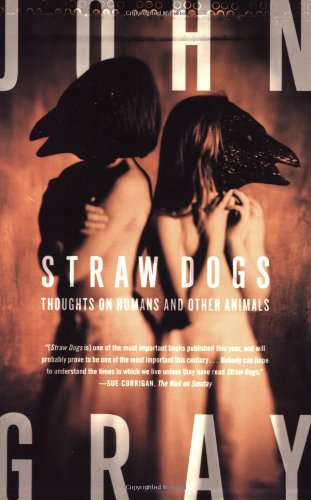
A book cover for Straw Dogs: Thoughts on Humans and Other Animals; John Gray; Science & Math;